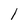
Character: 1